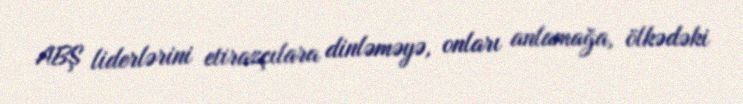
ABŞ liderlərini etirazçılara dinləməyə, onları anlamağa, ölkədəki